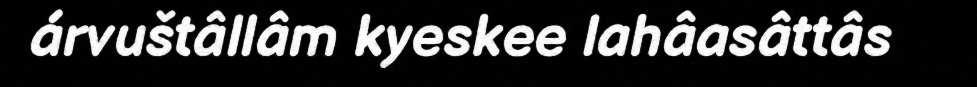
árvuštâllâm kyeskee lahâasâttâs